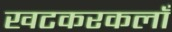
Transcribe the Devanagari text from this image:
खटकरकलाँ